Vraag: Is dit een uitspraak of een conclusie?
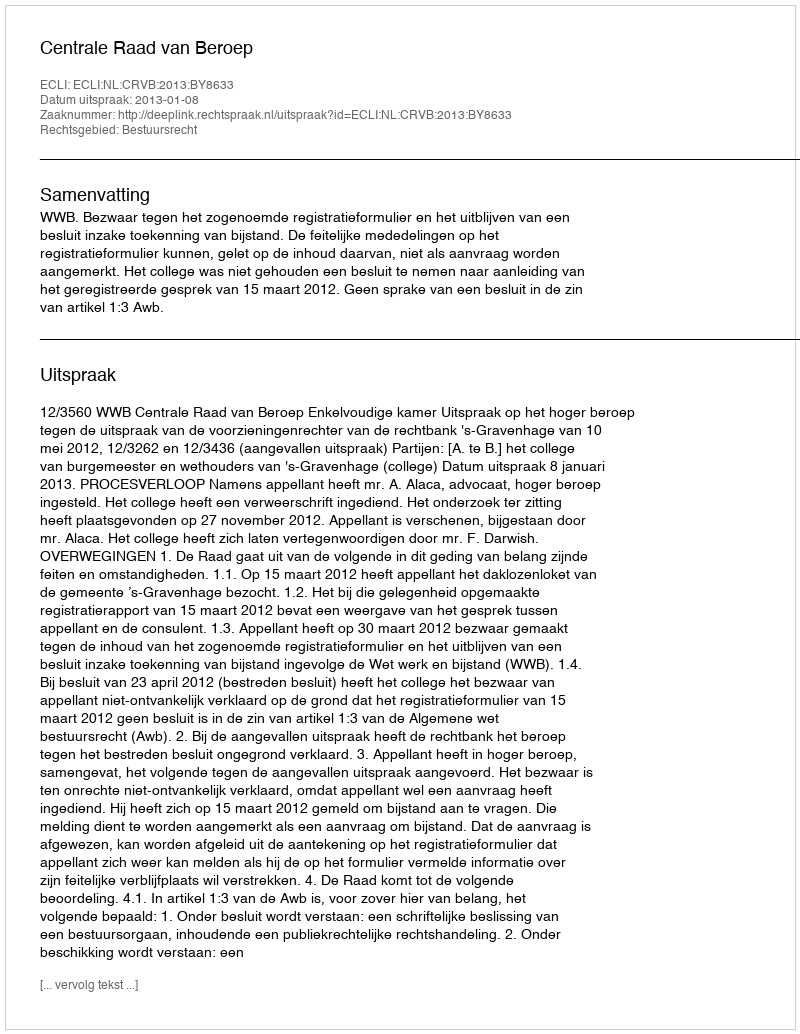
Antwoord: Uitspraak